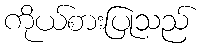
ကိုယ်စားပြုသည်